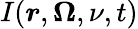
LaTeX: I(\boldsymbol{r},\boldsymbol{\Omega},\nu,t)